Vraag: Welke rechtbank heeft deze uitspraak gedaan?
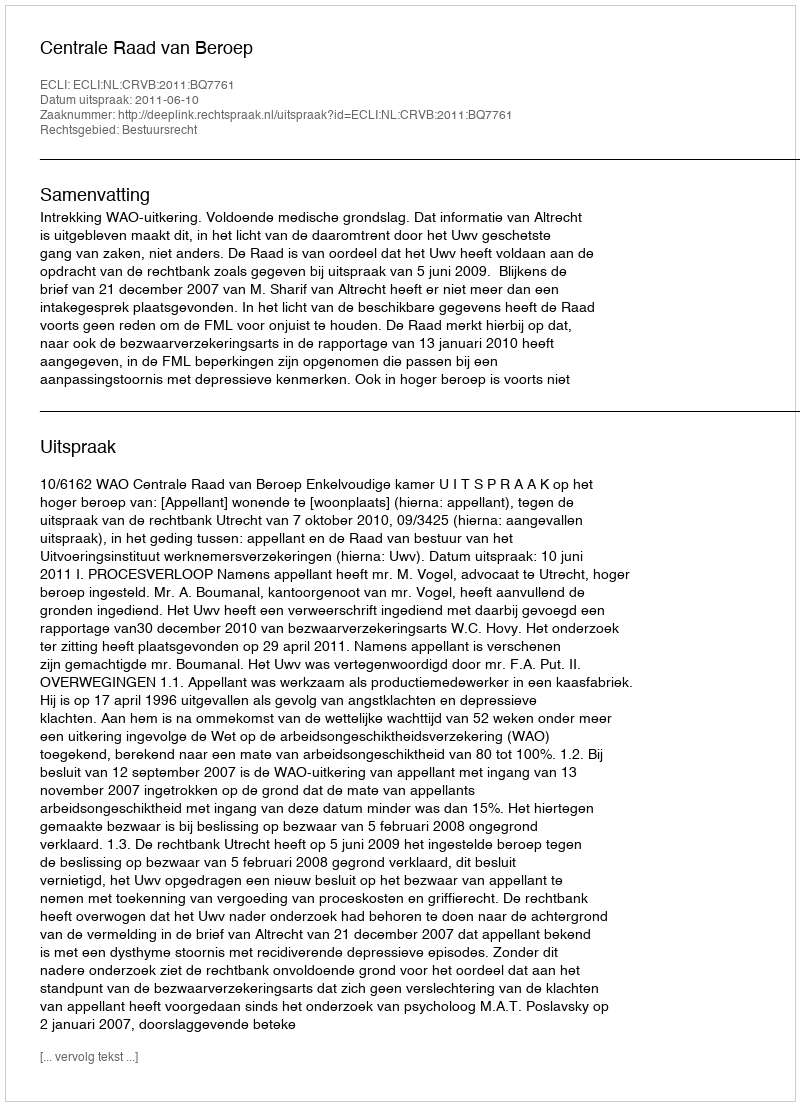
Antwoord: Centrale Raad van Beroep